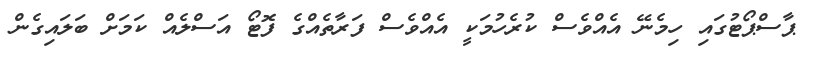
ޕާސްޕޯޓުގައި ހިމެނޭ އެއްވެސް ކުރެހުމަކީ އެއްވެސް ފަރާތެއްގެ ފޮޓޯ އަސްލެއް ކަމަށް ބަލައިގެން